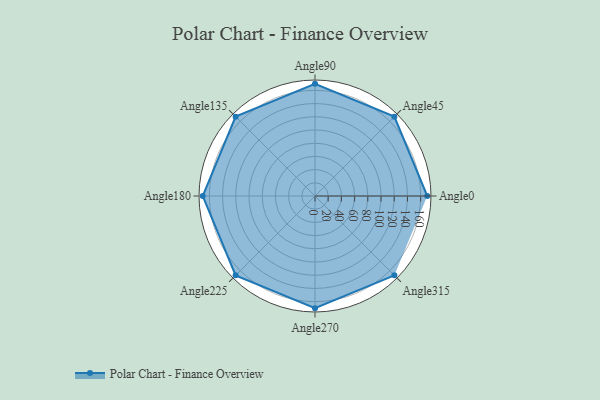
{"axis": {"x": "Angle", "y": "Radius"}, "legend": [""], "data": [{"x": "Angle0", "y": 170, "type": ""}, {"x": "Angle45", "y": 170, "type": ""}, {"x": "Angle90", "y": 170, "type": ""}, {"x": "Angle135", "y": 170, "type": ""}, {"x": "Angle180", "y": 170, "type": ""}, {"x": "Angle225", "y": 170, "type": ""}, {"x": "Angle270", "y": 170, "type": ""}, {"x": "Angle315", "y": 170, "type": ""}]}